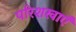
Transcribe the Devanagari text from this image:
परिशखाएँ